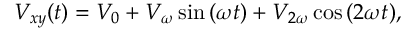
V _ { x y } ( t ) = V _ { 0 } + V _ { \omega } \sin { ( \omega t ) } + V _ { 2 \omega } \cos { ( 2 \omega t ) } ,